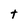
Character: t